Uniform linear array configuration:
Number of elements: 48
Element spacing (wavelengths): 0.5
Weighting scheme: cosine
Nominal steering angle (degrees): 30
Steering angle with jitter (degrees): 30.373
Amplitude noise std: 0.05
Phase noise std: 0.05

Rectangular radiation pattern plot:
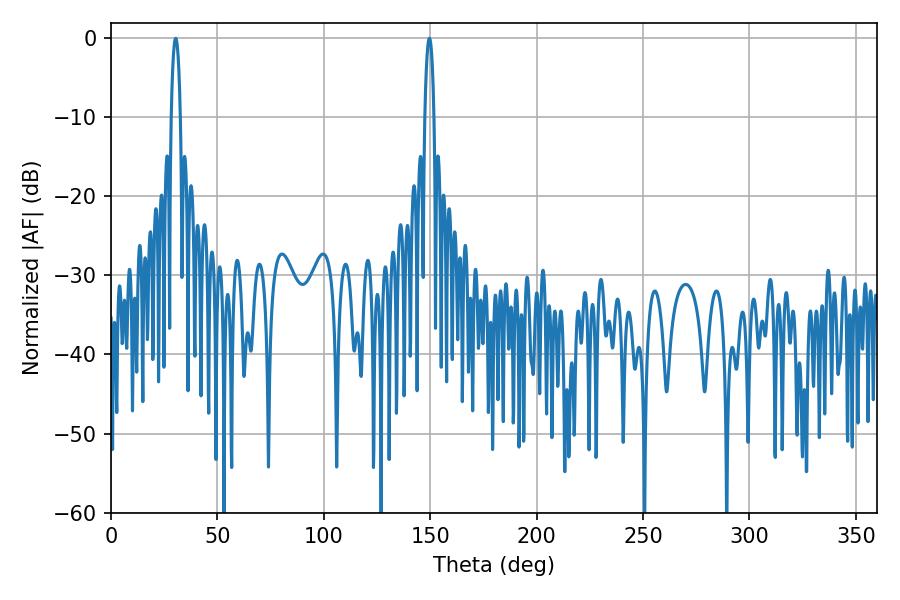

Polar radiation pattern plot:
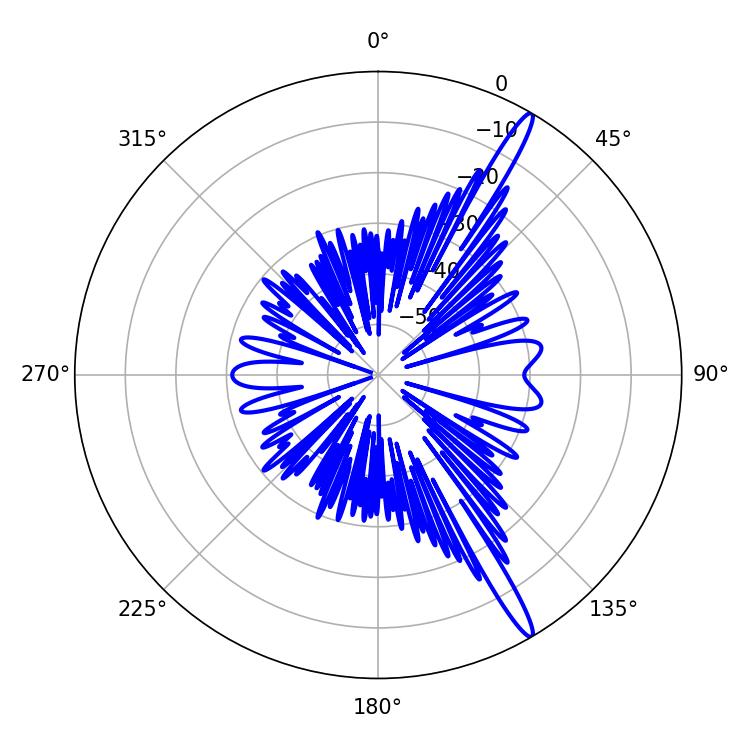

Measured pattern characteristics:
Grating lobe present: FALSE
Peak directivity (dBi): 16.064
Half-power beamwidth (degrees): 2.52
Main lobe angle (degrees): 30.42